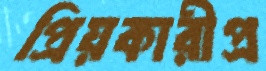
প্রিয়কারীপ্র